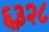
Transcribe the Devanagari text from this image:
६३२८